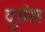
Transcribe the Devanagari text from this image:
दुर्भख